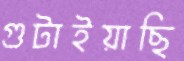
গুটাইয়াছি